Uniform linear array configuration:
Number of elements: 8
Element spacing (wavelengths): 1
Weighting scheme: uniform
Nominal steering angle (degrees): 15
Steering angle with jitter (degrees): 15.032
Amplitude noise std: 0.05
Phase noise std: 0.05

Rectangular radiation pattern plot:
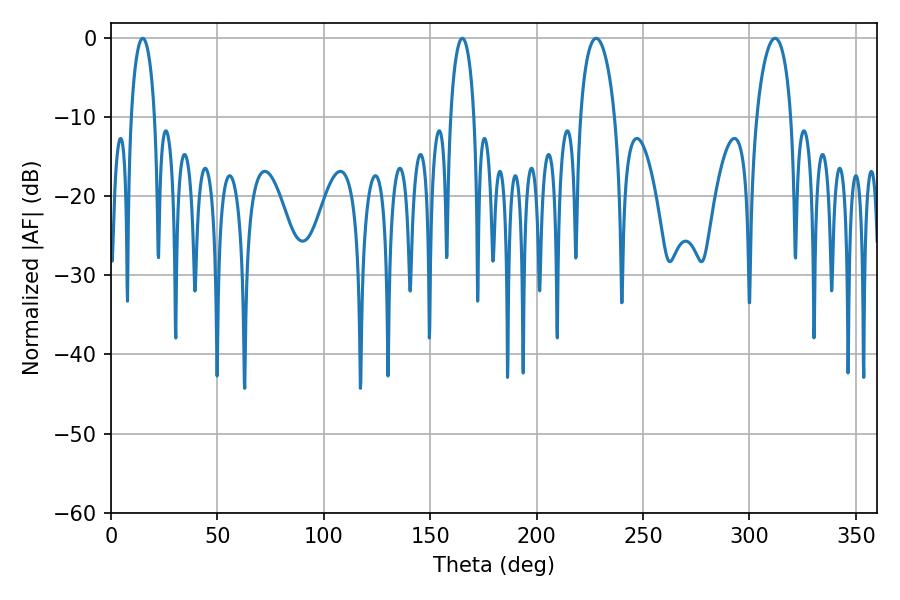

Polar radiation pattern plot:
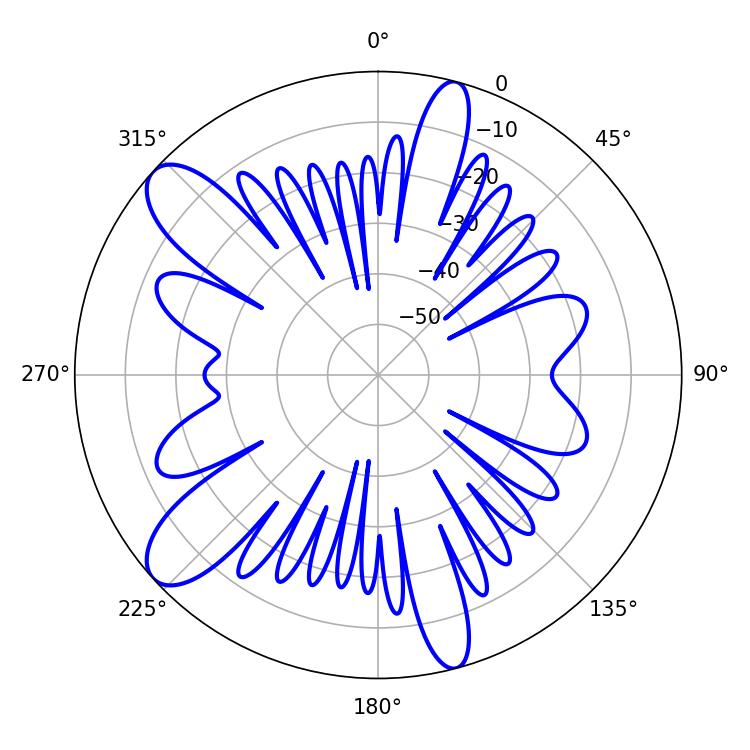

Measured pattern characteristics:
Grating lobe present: TRUE
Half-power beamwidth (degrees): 6.48
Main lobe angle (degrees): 14.94